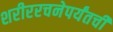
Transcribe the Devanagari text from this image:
शरीररचनेपर्यंतची